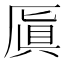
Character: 厧